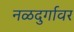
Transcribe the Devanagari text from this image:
नळदुर्गावर